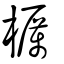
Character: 櫔